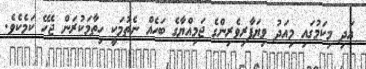
އަދި މިކަމުގައި މިއަދު ވިޔަފާރިވެރިންގެ ޖަމިއްޔާގެ ބަހެއް ނެތުމަކީ ހިތާމަކުރަން ޖެހޭ ކަމެކެވެ.